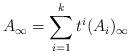
LaTeX: \begin{align*}A_{\infty} = \sum_{i=1}^k t^i(A_i)_{\infty}\end{align*}